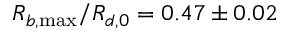
R _ { b , \operatorname* { m a x } } / R _ { d , 0 } = 0 . 4 7 \pm 0 . 0 2